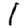
Digit: 1